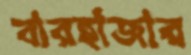
বারহাজার